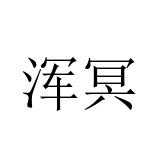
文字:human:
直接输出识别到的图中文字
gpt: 浑冥